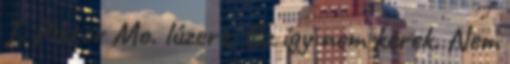
I. Piktor Mo. lúzere: Ez így nem kerek. Nem